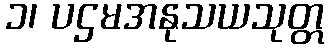
၁၊ ပဌမအနုသယသုတ္တ